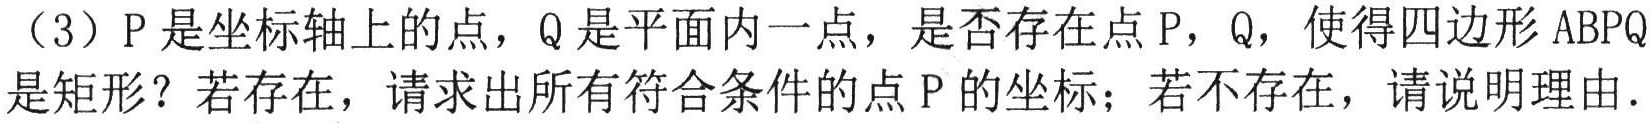
（3）P是坐标轴上的点，Q是平面内一点，是否存在点P，Q，使得四边形ABPQ是矩形？若存在，请求出所有符合条件的点P的坐标；若不存在，请说明理由．